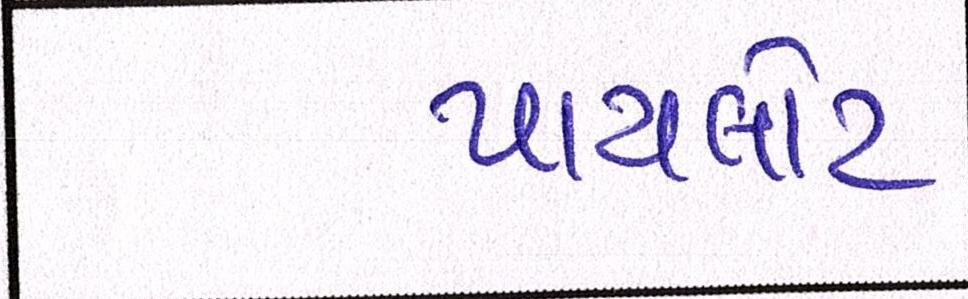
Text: પાયલોટ